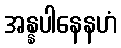
အန္နပါနေနဟံ